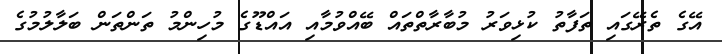
އޭގެ ތެރޭގައި ތަފާތު ކުޅިވަރު މުބާރާތްތައް ބޭއްވުމާއި އައްޑޫގެ މުހިންމު ތަންތަން ބަލާލުމުގެ